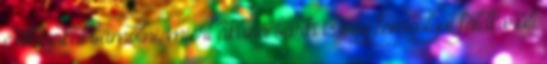
csillagokat bámulni, miért akana bárki is egy fémgolyót földkörüli